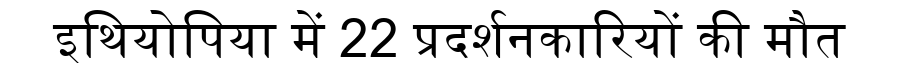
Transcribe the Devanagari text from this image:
इथियोपिया में 22 प्रदर्शनकारियों की मौत